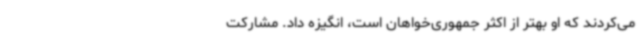
می‌کردند که او بهتر از اکثر جمهوری‌خواهان است، انگیزه داد. مشارکت